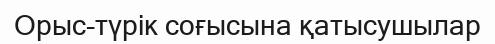
Орыс-түрік соғысына қатысушылар